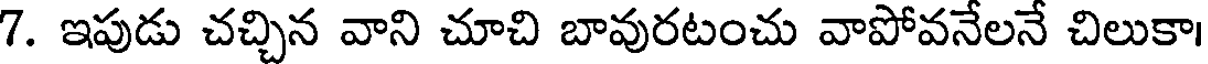
7. ఇపుడు చచ్చిన వాని చూచి బావురటంచు వాపోవనేలనే చిలుకా